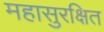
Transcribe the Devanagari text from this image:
महासुरक्षित